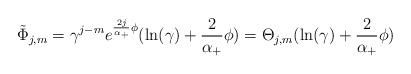
LaTeX: \begin{align*}\tilde \Phi _{j,m}=\gamma ^{j-m}e^{\frac{2j}{\alpha _{+}}\phi }(\ln (\gamma)+\frac 2{\alpha _{+}}\phi )=\Theta _{j,m}(\ln (\gamma )+\frac 2{\alpha_{+}}\phi ) \end{align*}